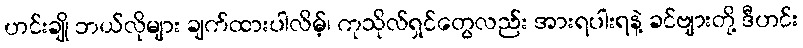
ဟင်းချို ဘယ်လိုများ ချက်ထားပါလိမ့်၊ ကုသိုလ်ရှင်တွေလည်း အားရပါးရနဲ့ ခင်ဗျားတို့ ဒီဟင်း